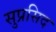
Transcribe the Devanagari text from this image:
सुप्रसिद